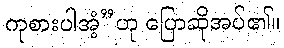
ကုစားပါအံ့”ဟု ပြောဆိုအပ်၏။